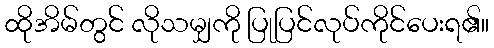
ထိုအိမ်တွင် လိုသမျှကို ပြုပြင်လုပ်ကိုင်ပေးရ၏။